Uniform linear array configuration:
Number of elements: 16
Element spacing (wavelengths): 0.5
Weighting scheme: binomial
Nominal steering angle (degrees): -15
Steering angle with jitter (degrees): -16.471
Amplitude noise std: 0.05
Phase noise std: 0.05

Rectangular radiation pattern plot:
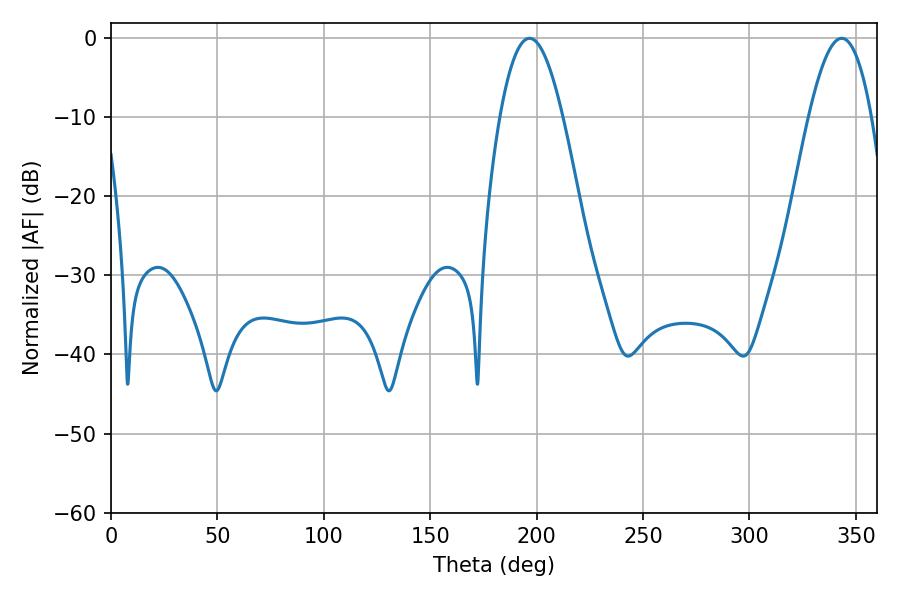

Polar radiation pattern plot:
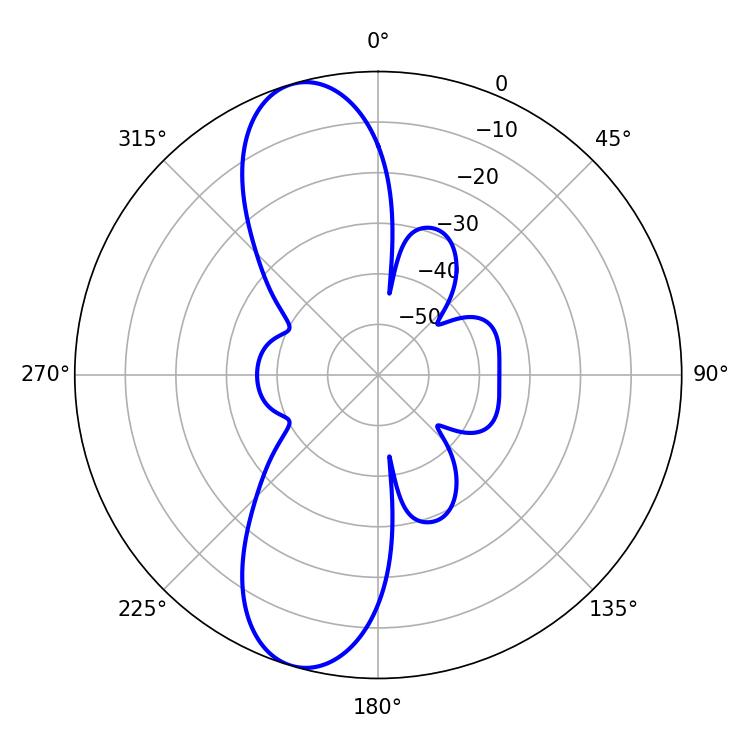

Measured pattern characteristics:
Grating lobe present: FALSE
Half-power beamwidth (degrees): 16.2
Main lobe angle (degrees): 196.74